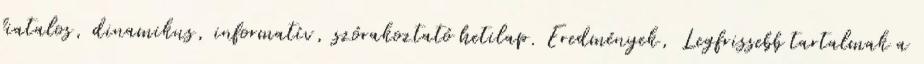
fiatalos, dinamikus, informatív, szórakoztató hetilap. Eredmények, Legfrissebb tartalmak a